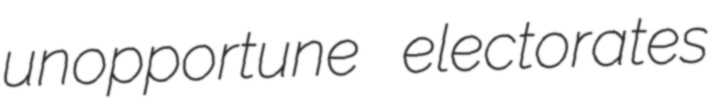
unopportune electorates